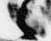
之